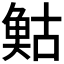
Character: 𩾀